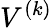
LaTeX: V^{(k)}